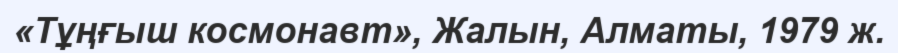
«Тұңғыш космонавт», Жалын, Алматы, 1979 ж.